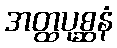
အတ္ထပုစ္ဆနံ